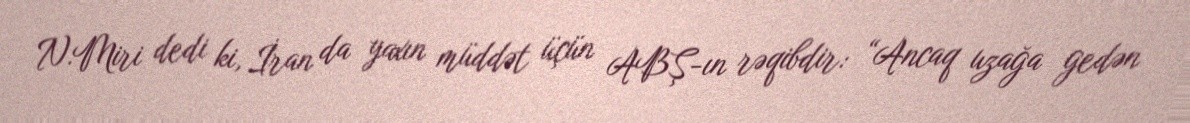
N.Miri dedi ki, İran da yaxın müddət üçün ABŞ-ın rəqibdir: “Ancaq uzağa gedən